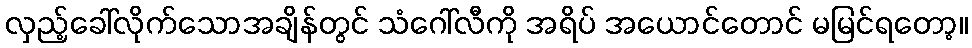
လှည့်ခေါ်လိုက်သောအချိန်တွင် သံဂေါ်လီကို အရိပ် အယောင်တောင် မမြင်ရတော့။